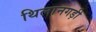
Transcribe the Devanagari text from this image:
थिलानगड़ी